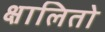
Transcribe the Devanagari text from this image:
क्षालितो